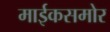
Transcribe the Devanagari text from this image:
माईकसमोर